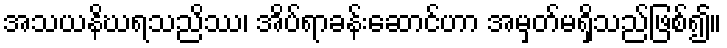
အသယနိဃရသညိဿ၊ အိပ်ရာခန်းဆောင်ဟာ အမှတ်မရှိသည်ဖြစ်၍။